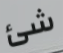
شئ